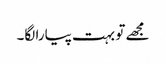
مجھے تو بہت پیارا لگا۔